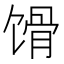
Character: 馉